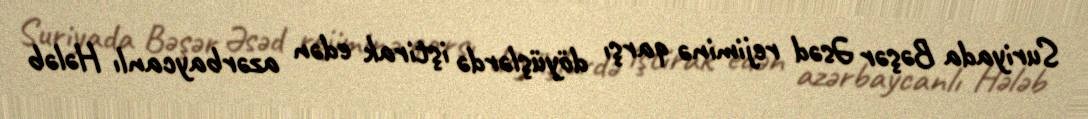
Suriyada Bəşər Əsəd rejiminə qarşı döyüşlərdə iştirak edən azərbaycanlı Hələb